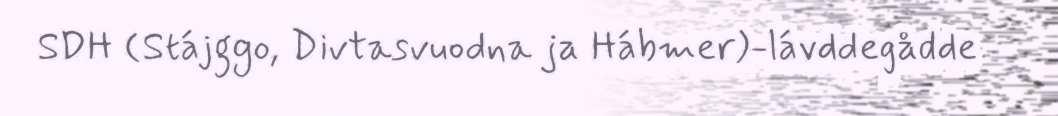
SDH (Stájggo, Divtasvuodna ja Hábmer)-lávddegådde